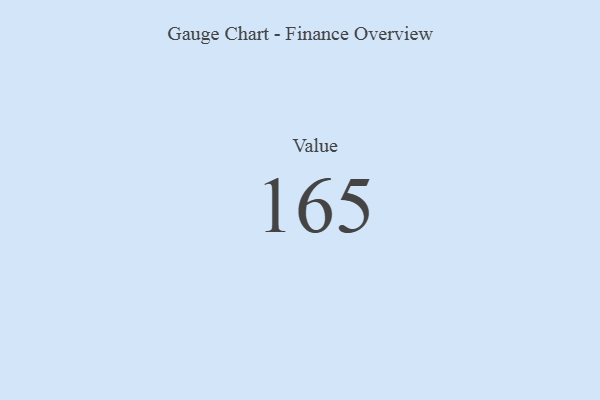
{"axis": {"x": "Metric", "y": "Value"}, "legend": [""], "data": [{"x": "Value", "y": 165, "type": ""}]}